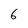
Character: 6